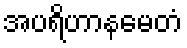
အပရိဟာနမေတံ